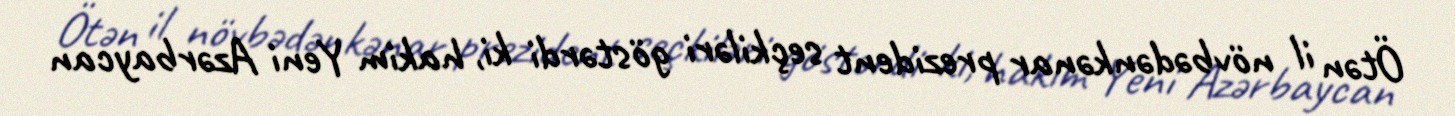
Ötən il növbədənkənar prezident seçkiləri göstərdi ki, hakim Yeni Azərbaycan